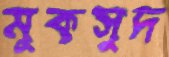
মুকসুদ